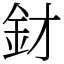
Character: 釮